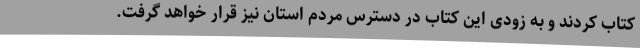
کتاب کردند و به زودی این کتاب در دسترس مردم استان نیز قرار خواهد گرفت.